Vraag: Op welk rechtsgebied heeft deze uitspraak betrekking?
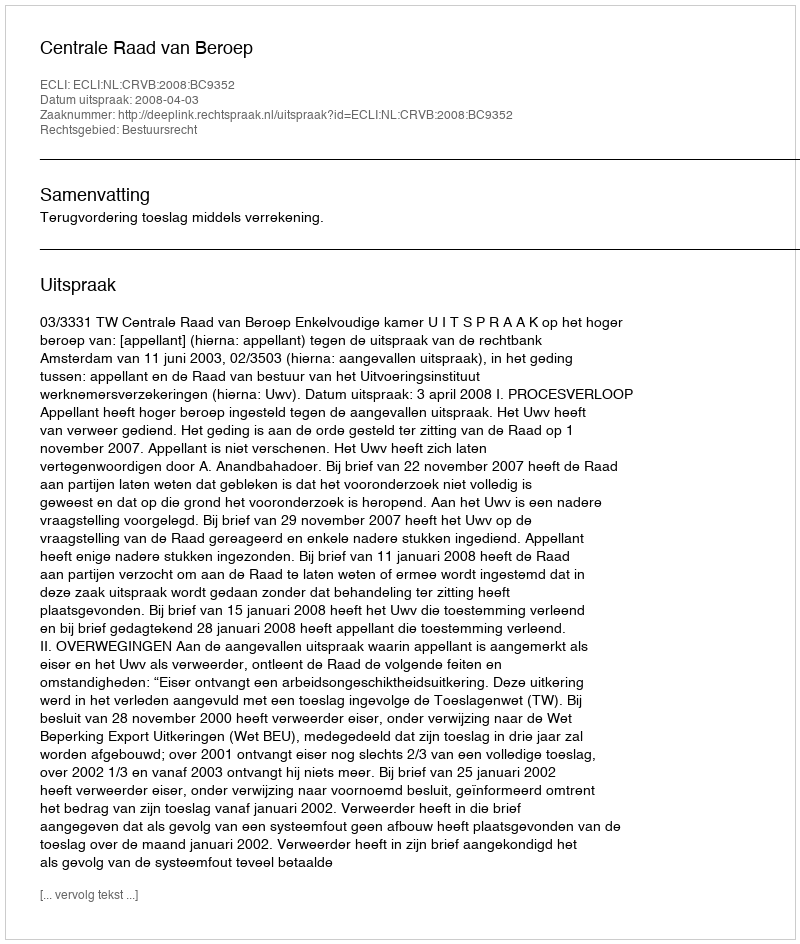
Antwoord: Bestuursrecht